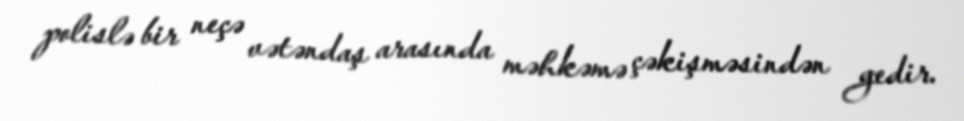
polislə bir neçə vətəndaş arasında məhkəmə çəkişməsindən gedir.